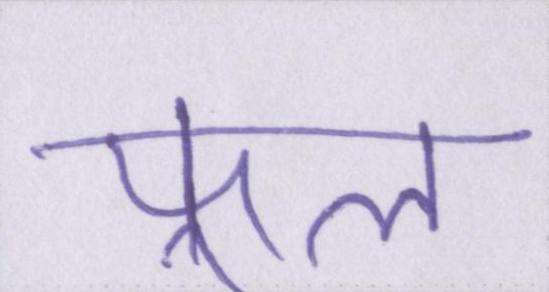
फ़ूल